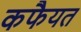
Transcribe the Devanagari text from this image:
कफैयत